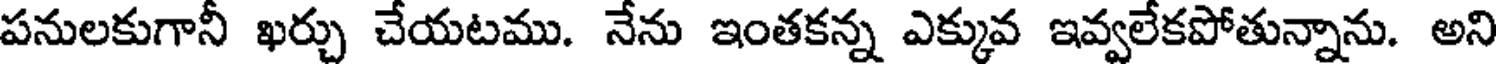
పనులకుగానీ ఖర్చు చేయటము. నేను ఇంతకన్న ఎక్కువ ఇవ్వలేకపోతున్నాను. అని